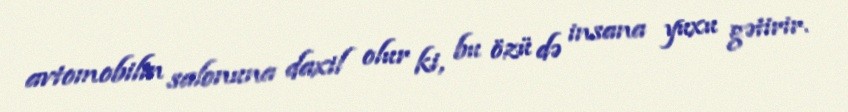
avtomobilin salonuna daxil olur ki, bu özü də insana yuxu gətirir.